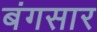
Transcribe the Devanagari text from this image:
बंगसार